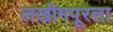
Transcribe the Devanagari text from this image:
लखीमपूरला